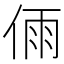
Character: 𠉴